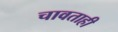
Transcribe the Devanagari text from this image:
चावताही